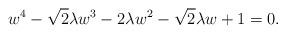
LaTeX: \begin{align*}w^4 - \sqrt{2} \lambda w^3 - 2\lambda w^2 - \sqrt{2} \lambda w + 1 = 0.\end{align*}